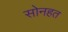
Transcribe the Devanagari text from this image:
सोनहत